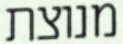
מנוצת